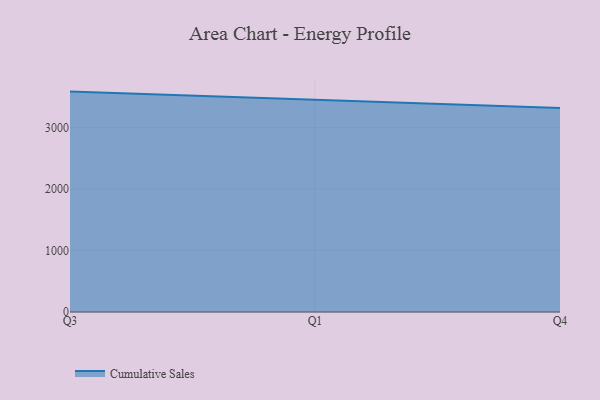
{"axis": {"x": "Quarter", "y": "Customer Acquisition Cost (USD)"}, "legend": ["Cumulative Sales"], "data": [{"x": "Q3", "y": 3586.3, "type": "Cumulative Sales"}, {"x": "Q1", "y": 3450.3, "type": "Cumulative Sales"}, {"x": "Q4", "y": 3319.0, "type": "Cumulative Sales"}]}